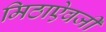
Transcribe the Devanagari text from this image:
मिठाऐवजी